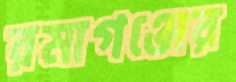
রমাগঞ্জের